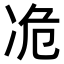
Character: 𫥊